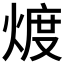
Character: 𱫪